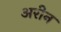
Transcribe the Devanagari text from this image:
अरीन